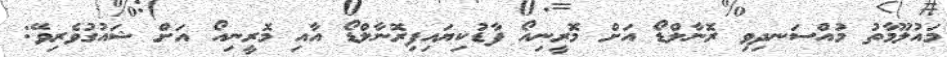
މައުލޫމާތު މުއްސަނދިވި ރޮނާލްޑޯ އަށް މޮރީނިއޯ ފާޑުކިޔައިފިރޮނާލްޑޯ އާއި މޮރީނިއޯ އަށް ޝައުގުވެރިވޭ: